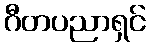
ဂီတပညာရှင်